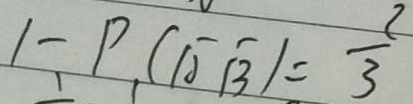
1 - P ( \overline { A } \overline { B } ) = \frac { 2 } { 3 }